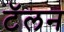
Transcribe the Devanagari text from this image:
टॅलन